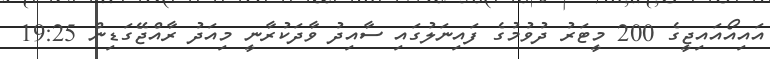
އައިއޯއައިޖީގެ 200 މީޓަރު ދުވުމުގެ ފައިނަލުގައި ސާއިދު ވާދަކުރާނީ މިއަދު ރާއްޖޭގަޑިން 19:25